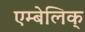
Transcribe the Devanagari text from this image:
एम्बेलिक्